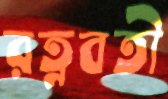
রত্নবতী